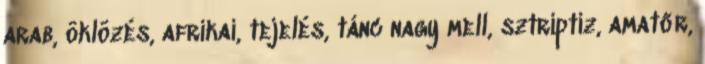
arab, öklözés, afrikai, tejelés, tánc nagy mell, sztriptiz, amatőr,